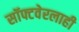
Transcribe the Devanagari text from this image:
सॉफ्टवेरलाही